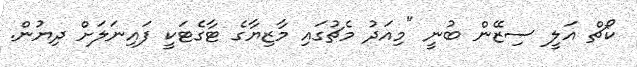
ކޯޗް އަލީ ސިޒޭން ބުނީ "މިއަދު މެޗުގައި މާޒިޔާގެ ޓާގެޓަކީ ފައިނަލަށް ދިޔުން.